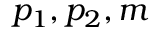
\, \! p _ { 1 } , p _ { 2 } , m